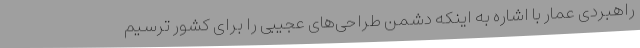
راهبردی عمار با اشاره به اینکه دشمن طراحی‌های عجیبی را برای کشور ترسیم